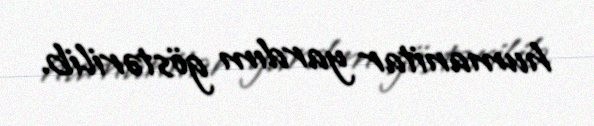
humanitar yardım göstərilib.